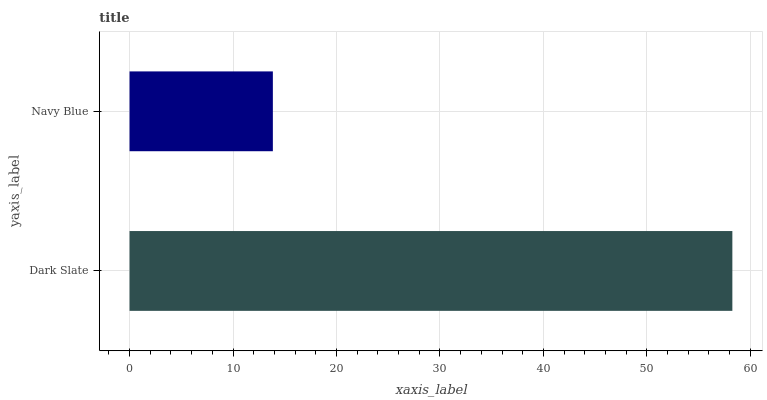
| yaxis_label | bars |
 | --- | --- |
 | Dark Slate | 58.3 |
 | Navy Blue | 13.9 |